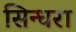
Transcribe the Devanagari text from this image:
सिन्धरा